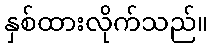
နှစ်ထားလိုက်သည်။